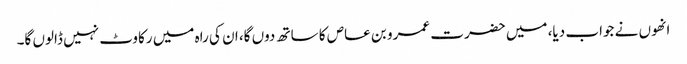
انھوں نے جواب دیا، میں حضرت عمرو بن عاص کا ساتھ دوں گا، ان کی راہ میں رکاوٹ نہیں ڈالوں گا۔